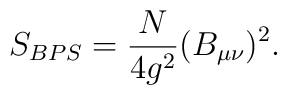
S_{BPS}=\frac{N}{4g^2}(B_{\mu\nu})^2.